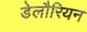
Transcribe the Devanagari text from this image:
डेलौरियन